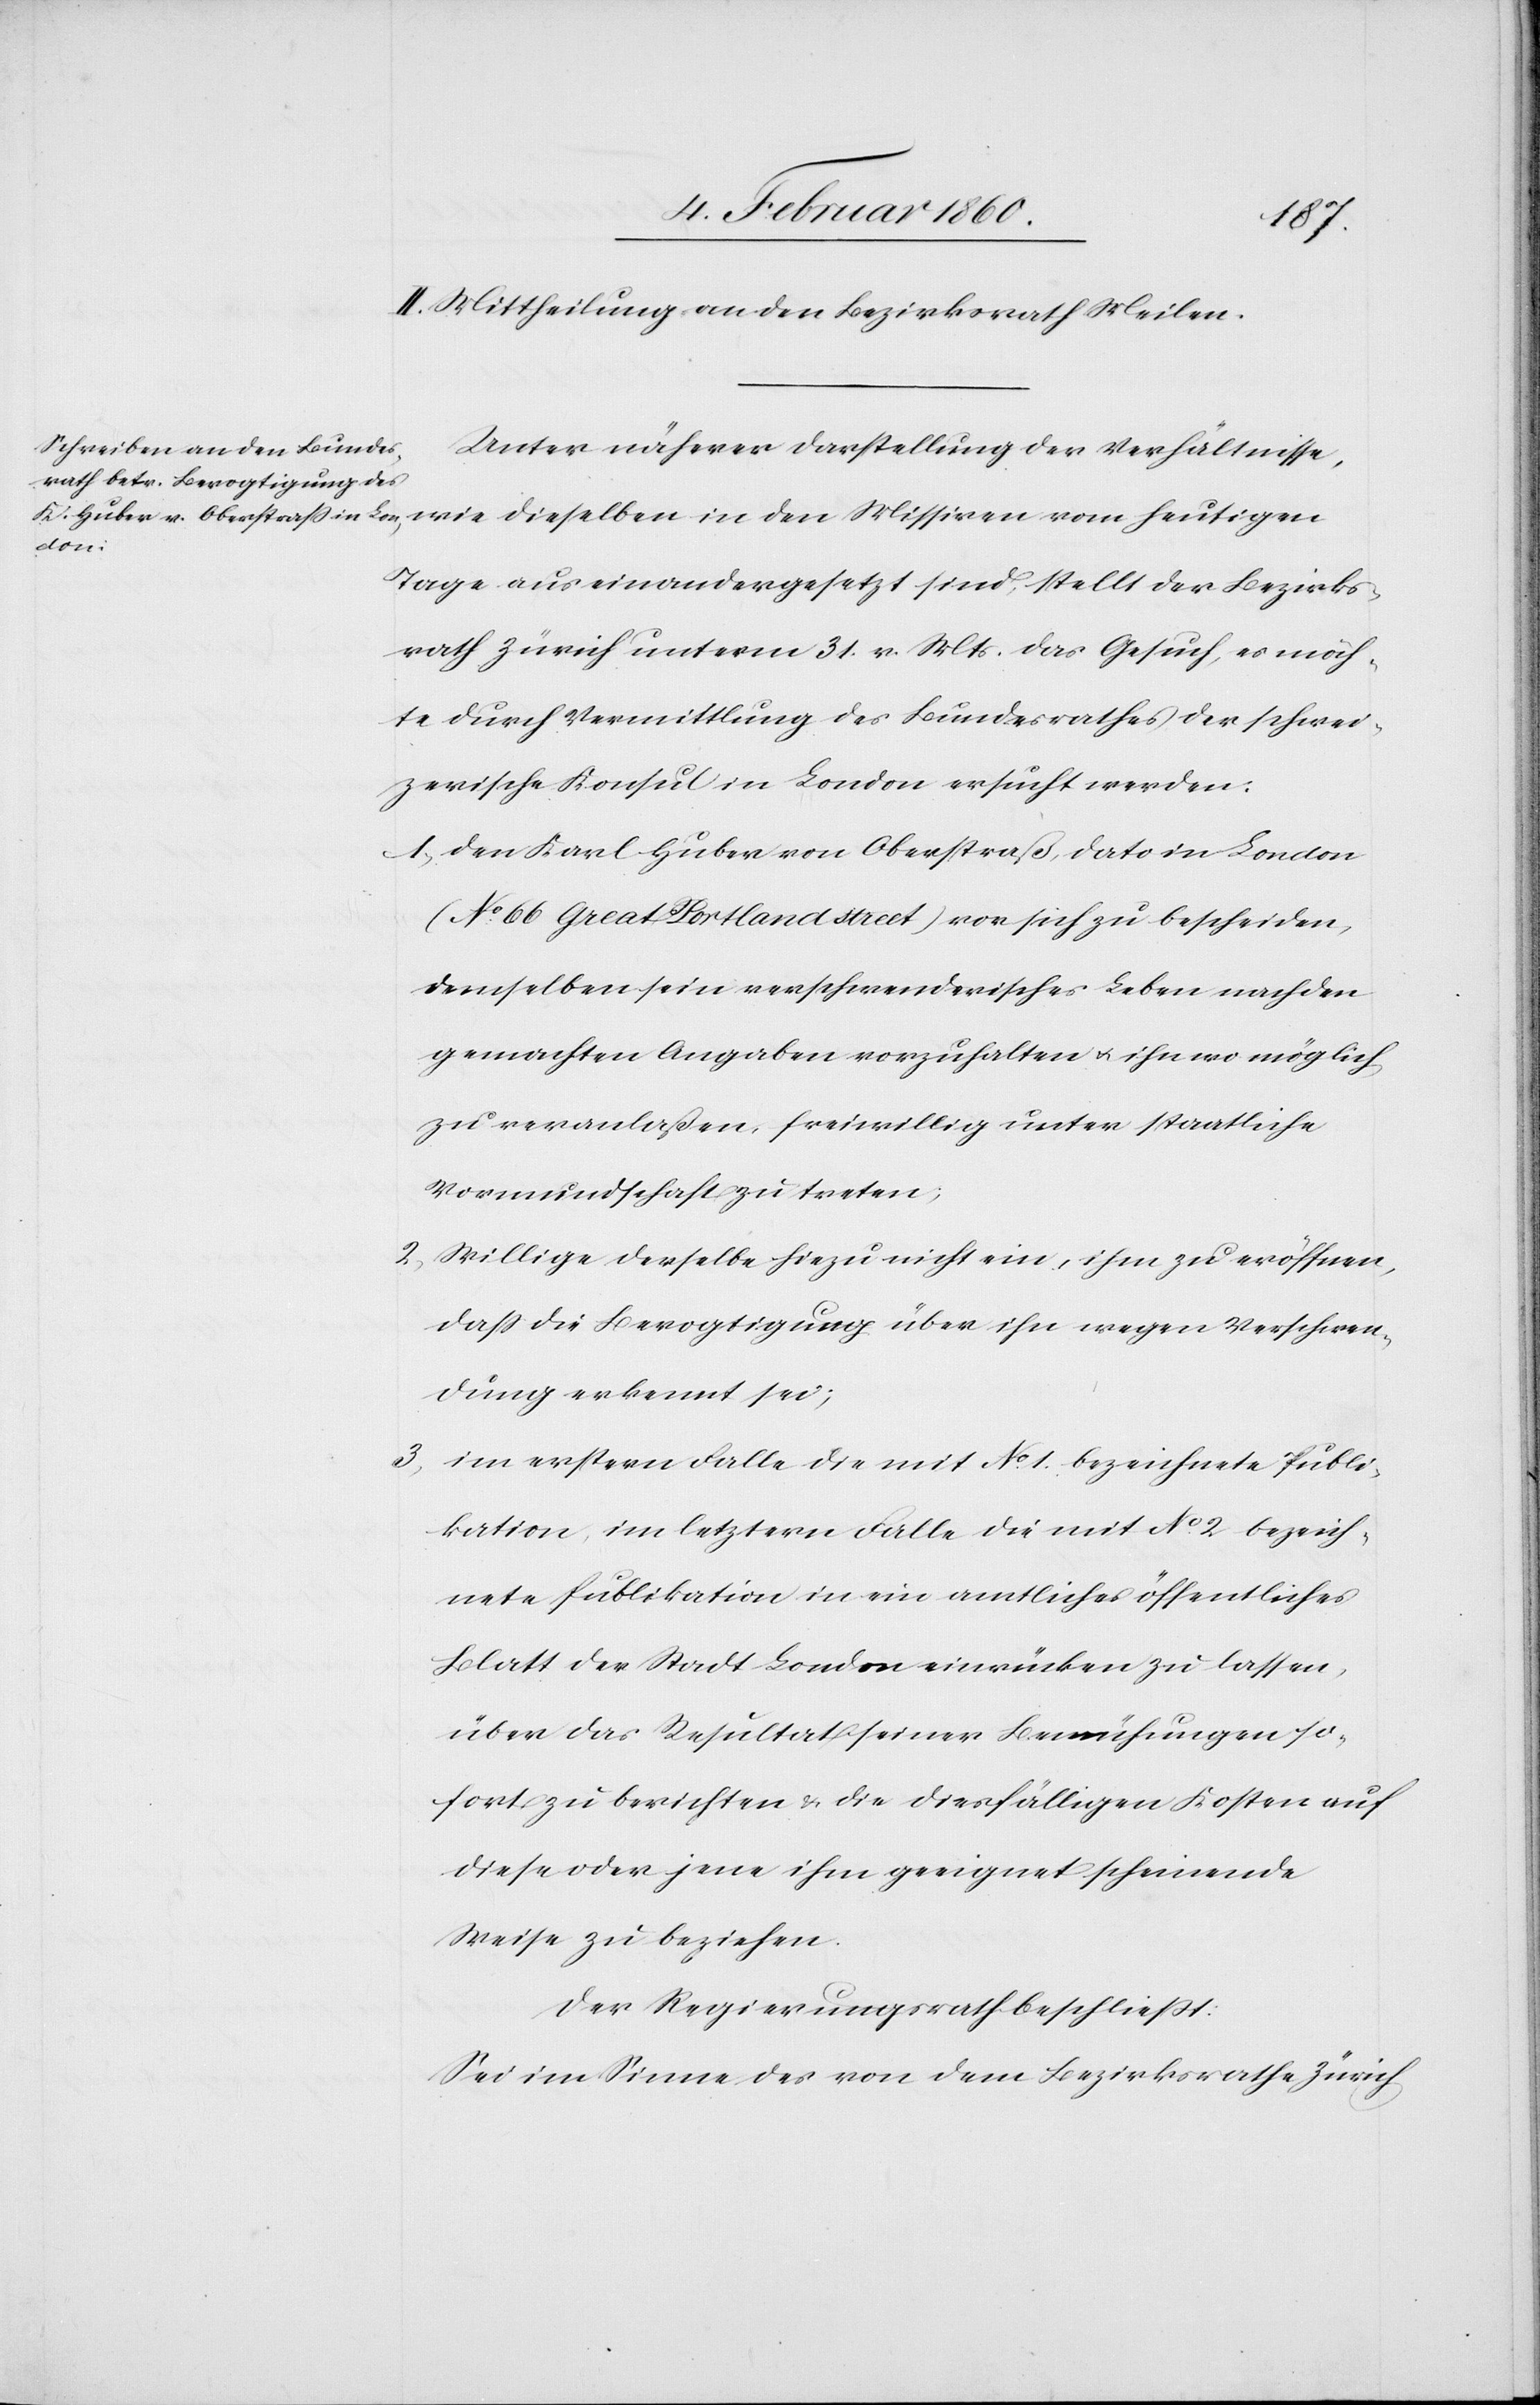
II. Mittheilung an den Bezirksrath Meilen.
Unter näherer Darstellung der Verhältnisse,
den
Tage auseinandergesetzt sind, stellt der Bezirks¬
rath Zürich unterm 31. v. Mts. das Gesuch, es möch¬
te durch Vermittlung des Bundesrathes der schwei¬
zerische Konsul in London ersucht werden:
1. den Karl Huber von Oberstraß, dato in London
( No 66. Great Portlandstreet) vor sich zu bescheiden,
demselben sein verschwenderisches Leben nach den
gemachten Angaben vorzuhalten u. ihn wo möglich
zu veranlassen, freiwillig unter staatliche
Vormundschaft zu treten.
2. Willige derselbe hiezu nicht ein, ihm zu eröffnen,
dass die Bevogtigung über ihn wegen Verschwen¬
dung erkennt sei,
3. im erstern Falle die mit No 1 bezeichnete Publi¬
kation, im letztern Falle die mit No 2 bezeich¬
nete Publikation in ein amtliches öffentliches
Blatt der Stadt London einzurücken zu lassen,
über das Resultat seiner Bemühungen so¬
fort zu berichten u. die diesfälligen Kosten auf
diese oder jene ihm geeignet scheinende
Weise zu beziehen.
Der Regierungsrath beschliesst:
Sei im Sinne des von dem Bezirksrathe Zürich